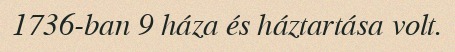
1736-ban 9 háza és háztartása volt.